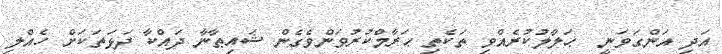
އަދި އަންގަވަނީ  ޙަލާލުކުރެއްވި ތަކެތި ޙަރާމްކުރުވަންވެގެން ޝައިޠާނާ ދައްކާ ދަޅަތަކަށް ހެއްލި